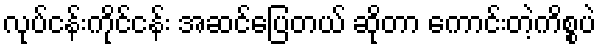
လုပ်ငန်းကိုင်ငန်း အဆင်ပြေတယ် ဆိုတာ ကောင်းတဲ့ကိစ္စပဲ